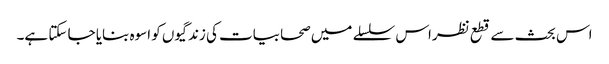
اس بحث سے قطع نظراس سلسلے میں صحابیات کی زندگیوں کو اسوہ بنایا جا سکتا ہے۔